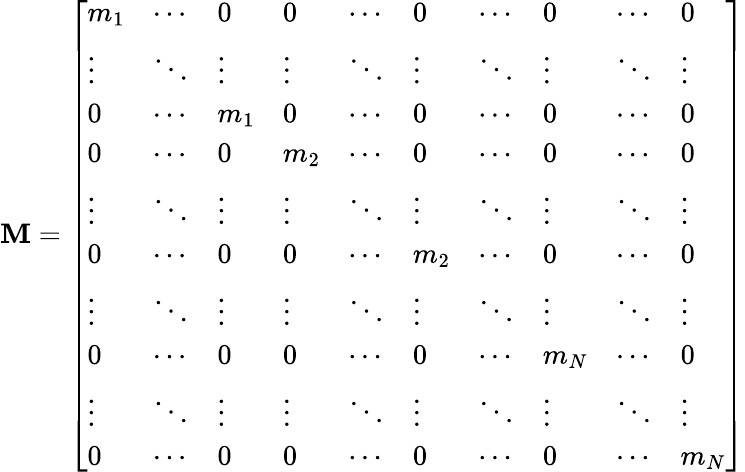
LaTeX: \mathbf{M}={\left[\begin{array}{llllllllll}{m_{1}}&{\cdots}&{0}&{0}&{\cdots}&{0}&{\cdots}&{0}&{\cdots}&{0}\\ {\vdots}&{\ddots}&{\vdots}&{\vdots}&{\ddots}&{\vdots}&{\ddots}&{\vdots}&{\ddots}&{\vdots}\\ {0}&{\cdots}&{m_{1}}&{0}&{\cdots}&{0}&{\cdots}&{0}&{\cdots}&{0}\\ {0}&{\cdots}&{0}&{m_{2}}&{\cdots}&{0}&{\cdots}&{0}&{\cdots}&{0}\\ {\vdots}&{\ddots}&{\vdots}&{\vdots}&{\ddots}&{\vdots}&{\ddots}&{\vdots}&{\ddots}&{\vdots}\\ {0}&{\cdots}&{0}&{0}&{\cdots}&{m_{2}}&{\cdots}&{0}&{\cdots}&{0}\\ {\vdots}&{\ddots}&{\vdots}&{\vdots}&{\ddots}&{\vdots}&{\ddots}&{\vdots}&{\ddots}&{\vdots}\\ {0}&{\cdots}&{0}&{0}&{\cdots}&{0}&{\cdots}&{m_{N}}&{\cdots}&{0}\\ {\vdots}&{\ddots}&{\vdots}&{\vdots}&{\ddots}&{\vdots}&{\ddots}&{\vdots}&{\ddots}&{\vdots}\\ {0}&{\cdots}&{0}&{0}&{\cdots}&{0}&{\cdots}&{0}&{\cdots}&{m_{N}}\end{array}\right]}